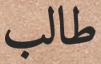
طالب